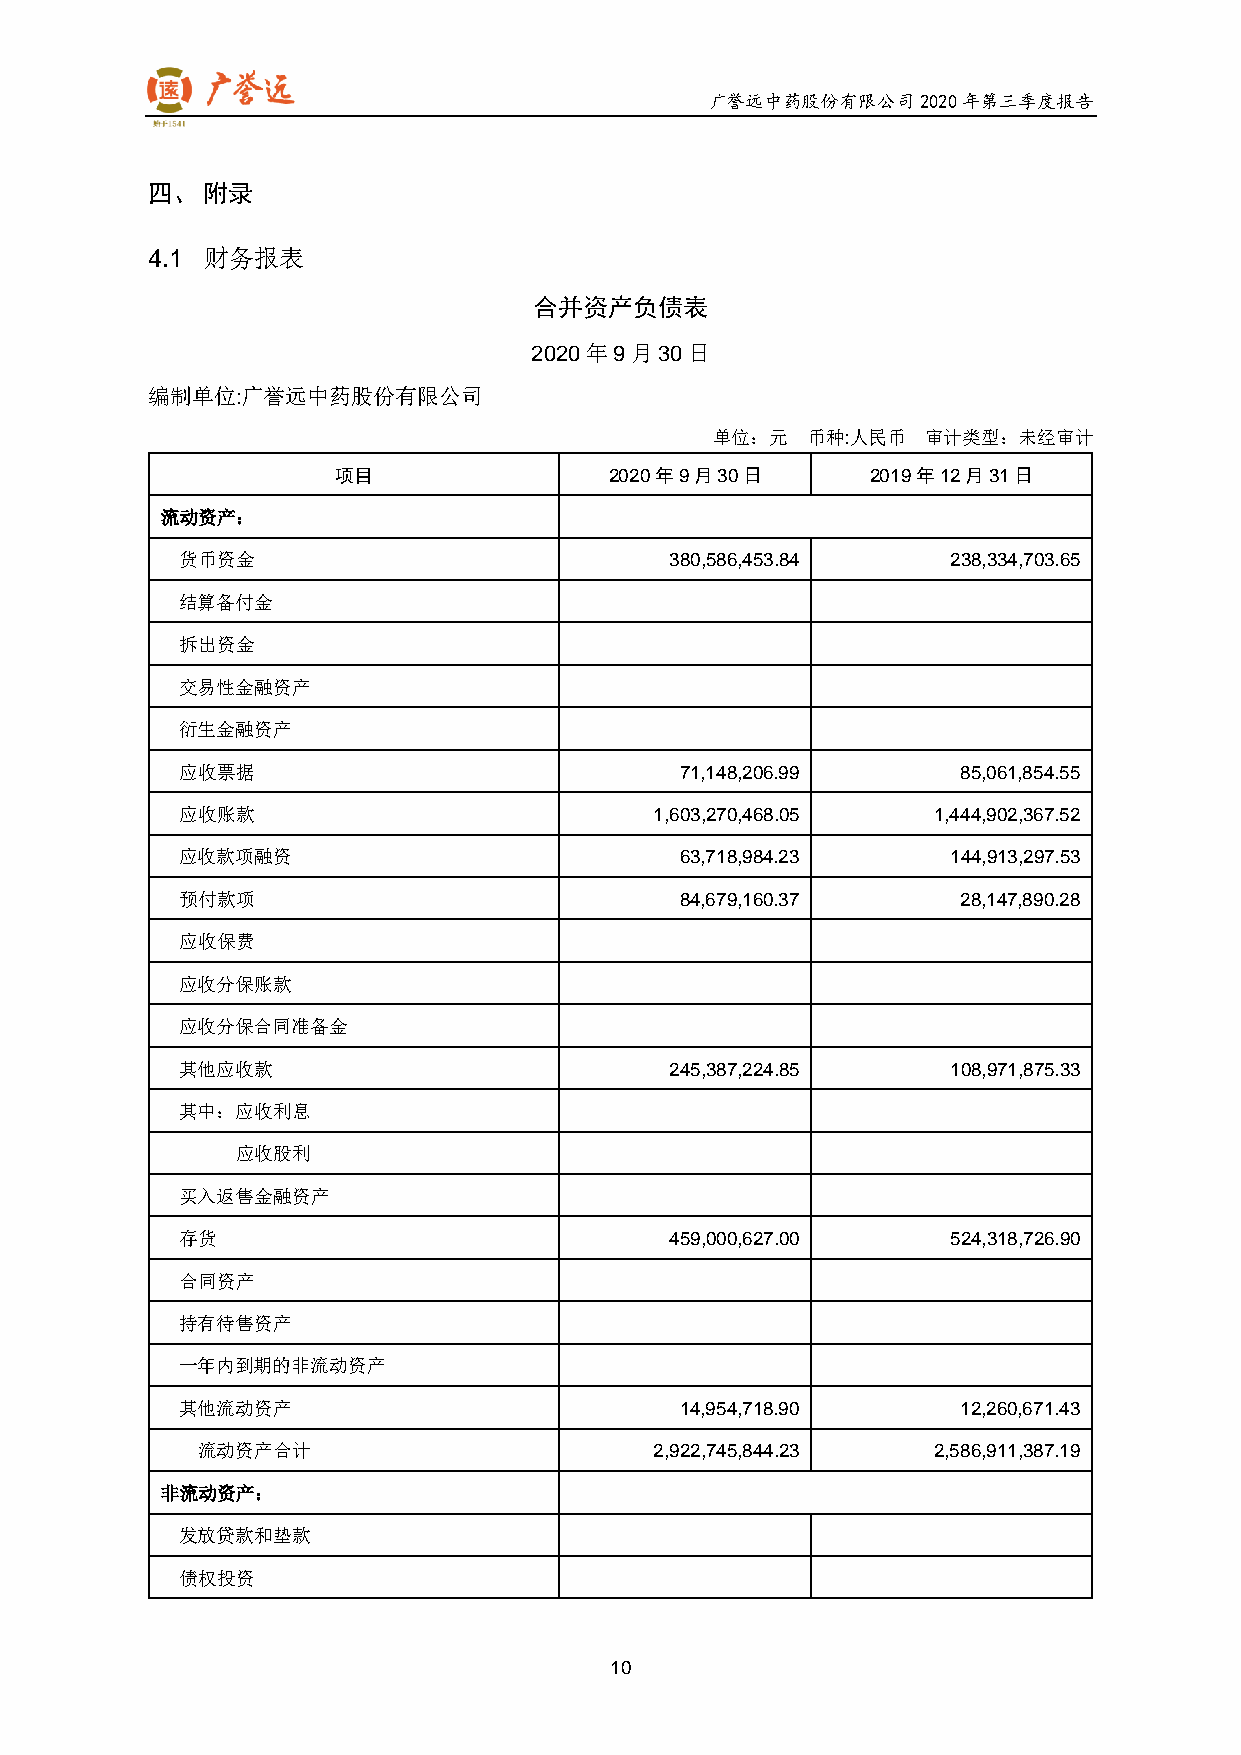
广誉远中药股份有限公司2020年第三季度报告
 四、 附录
 4.1 财务报表
 合并资产负债表
 2020年9月30日
 编制单位:广誉远中药股份有限公司
 单位：元  币种:人民币  审计类型：未经审计
 项目                2020年9月30日        2019年12月31日
 流动资产：
 货币资金                            380,586,453.84     238,334,703.65
 结算备付金
 拆出资金
 交易性金融资产
 衍生金融资产
 应收票据                             71,148,206.99      85,061,854.55
 应收账款                           1,603,270,468.05   1,444,902,367.52
 应收款项融资                           63,718,984.23     144,913,297.53
 预付款项                             84,679,160.37      28,147,890.28
 应收保费
 应收分保账款
 应收分保合同准备金
 其他应收款                           245,387,224.85     108,971,875.33
 其中：应收利息
 应收股利
 买入返售金融资产
 存货                              459,000,627.00     524,318,726.90
 合同资产
 持有待售资产
 一年内到期的非流动资产
 其他流动资产                           14,954,718.90      12,260,671.43
 流动资产合计                        2,922,745,844.23   2,586,911,387.19
 非流动资产：
 发放贷款和垫款
 债权投资
 10